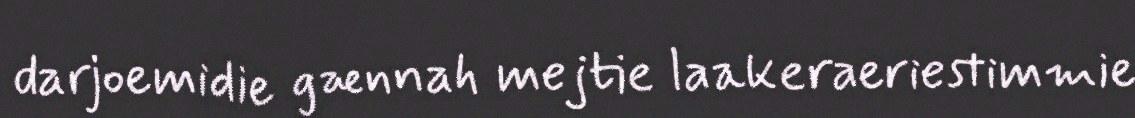
darjoemidie gænnah mejtie laakeraeriestimmie